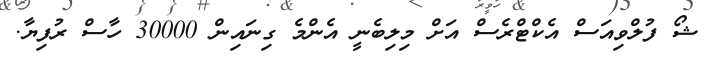
ޝޯ ފުލްވިއަސް އެކްޓްރެސް އަށް މިލިބެނީ އެންމެ ގިނައިން 30000 ހާސް ރުފިޔާ.